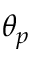
\theta _ { p }